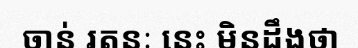
ចាន់ រតនៈ នេះ មិនដឹងថា